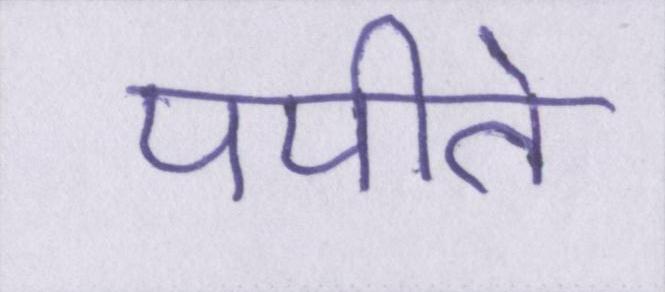
पपीते